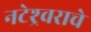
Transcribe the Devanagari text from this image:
नटेश्र्वराचे